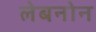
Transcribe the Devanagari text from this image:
लेबनोन